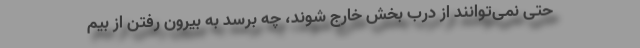
حتی نمی‌توانند از درب بخش خارج شوند، چه برسد به بیرون رفتن از بیم